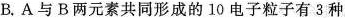
B.A与B两元素共同形成的10电子粒子有3种